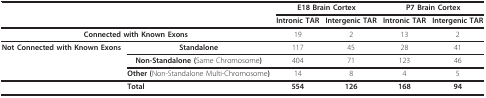
<table><thead><tr><td></td><td></td><td colspan="2"><b>E18 Brain Cortex</b></td><td colspan="2"><b>P7 Brain Cortex</b></td></tr><tr><td></td><td></td><td><b>Intronic TAR</b></td><td><b>Intergenic TAR</b></td><td><b>Intronic TAR</b></td><td><b>Intergenic TAR</b></td></tr></thead><tbody><tr><td colspan="2"><b>Connected with Known Exons</b></td><td>19</td><td>2</td><td>13</td><td>2</td></tr><tr><td><b>Not Connected with Known Exons</b></td><td><b>Standalone</b></td><td>117</td><td>45</td><td>28</td><td>41</td></tr><tr><td></td><td><b>Non-Standalone (</b>Same Chromosome<b>)</b></td><td>404</td><td>71</td><td>123</td><td>46</td></tr><tr><td></td><td><b>Other (</b>Non-Standalone Multi-Chromosome<b>)</b></td><td>14</td><td>8</td><td>4</td><td>5</td></tr><tr><td colspan="2"><b>Total</b></td><td><b>554</b></td><td><b>126</b></td><td><b>168</b></td><td><b>94</b></td></tr></tbody></table>